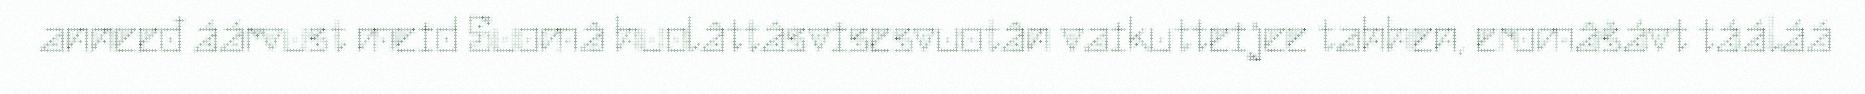
anneeđ áárvust meid Suomâ huolâttâsvisesvuotân vaikutteijee tahhen, eromâšávt tááláá